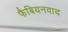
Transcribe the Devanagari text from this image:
फैबियनवाद